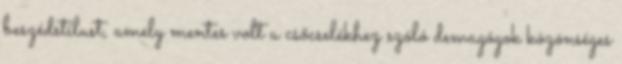
beszédstílust, amely mentes volt a csőcselékhez szóló demagógok közönséges